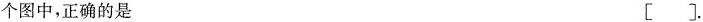
个图中，正确的是 [].